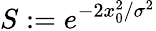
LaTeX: S:=e^{-2x_{0}^{2}/\sigma^{2}}